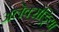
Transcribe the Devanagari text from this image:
अलेक्सेंड्रिया